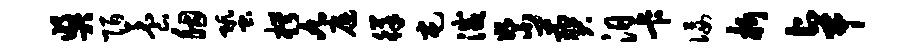
奖陌养胭蛩枵九庭徉屯灭絮葬汨卡佞析卓